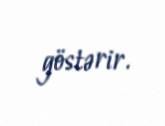
göstərir.